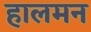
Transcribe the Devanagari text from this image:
हालमन